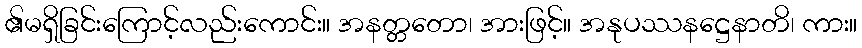
၏မရှိခြင်းကြောင့်လည်းကောင်း။ အနတ္တတော၊ အားဖြင့်။ အနုပဿနဋ္ဌေနာတိ၊ ကား။